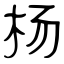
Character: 杨